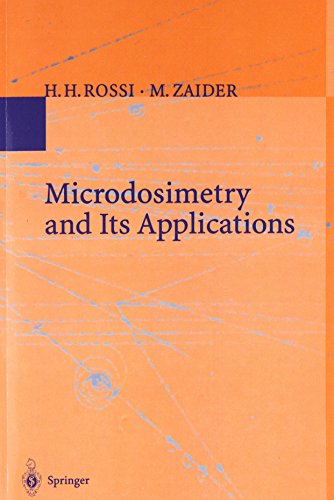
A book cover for Microdosimetry and Its Applications; H.H. Rossi; Science & Math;